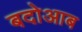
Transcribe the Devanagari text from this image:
बदोआब